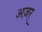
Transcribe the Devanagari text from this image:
अज़र्